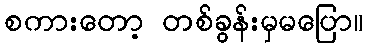
စကားတော့ တစ်ခွန်းမှမပြော။